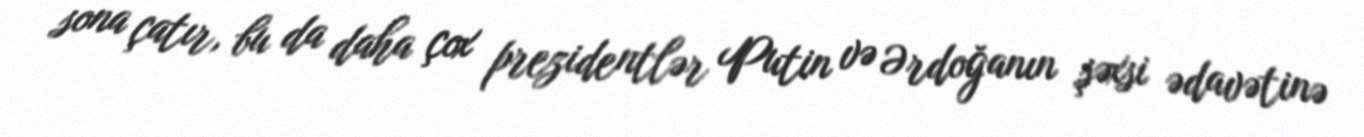
sona çatır, bu da daha çox prezidentlər Putin və Ərdoğanın şəxsi ədavətinə